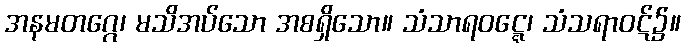
အနမတဂ္ဂေ၊ မသိအပ်သော အစရှိသော။ သံသာရဝဋ္ဋေ၊ သံသရာဝဋ်၌။